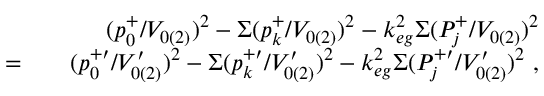
\begin{array} { r l r } & { } & { ( p _ { 0 } ^ { + } / V _ { 0 ( 2 ) } ) ^ { 2 } - \Sigma ( p _ { k } ^ { + } / V _ { 0 ( 2 ) } ) ^ { 2 } - k _ { e g } ^ { 2 } \Sigma ( P _ { j } ^ { + } / V _ { 0 ( 2 ) } ) ^ { 2 } } \\ { = } & { } & { ( p _ { 0 } ^ { + \prime } / V _ { 0 ( 2 ) } ^ { \prime } ) ^ { 2 } - \Sigma ( p _ { k } ^ { + \prime } / V _ { 0 ( 2 ) } ^ { \prime } ) ^ { 2 } - k _ { e g } ^ { 2 } \Sigma ( P _ { j } ^ { + \prime } / V _ { 0 ( 2 ) } ^ { \prime } ) ^ { 2 } ~ , } \end{array}